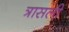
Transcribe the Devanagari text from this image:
त्रासली